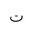
Letter: _ta